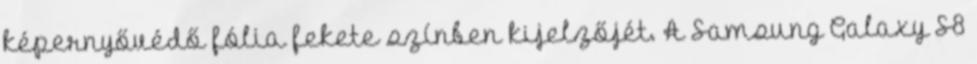
képernyővédő fólia fekete színben kijelzőjét. A Samsung Galaxy S8